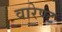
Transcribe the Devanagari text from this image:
वारेण्ट